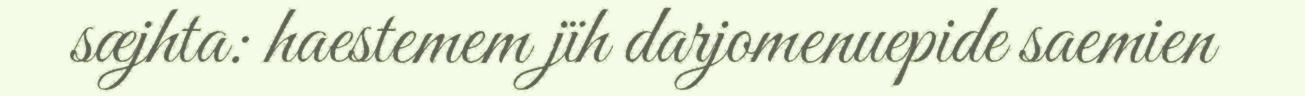
sæjhta: haestemem jïh darjomenuepide saemien